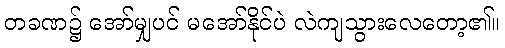
တခဏ၌ အော်မျှပင် မအော်နိုင်ပဲ လဲကျသွားလေတော့၏။